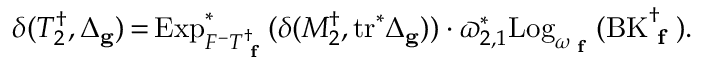
\delta ( T _ { 2 } ^ { \dagger } , \Delta _ { \mathbf { g } } ) \, { = } \, \mathrm { E x p } _ { F ^ { - } T _ { \textup { \bf f } } ^ { \dagger } } ^ { * } ( \delta ( M _ { 2 } ^ { \dagger } , \mathrm { t r } ^ { * } \Delta _ { \mathbf { g } } ) ) \cdot \varpi _ { 2 , 1 } ^ { * } \mathrm { L o g } _ { \omega _ { \textup { \bf f } } } ( \mathrm { B K } _ { \textup { \bf f } } ^ { \dagger } ) .